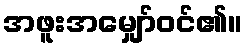
အဖူးအမျှော်ဝင်၏။